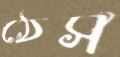
ঠেস